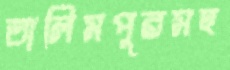
তালিমপুরসহ